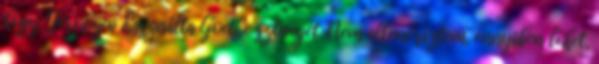
hogy Jerofejev használta Goethe szövegét. Nem ellenőriztem, ennyiben lehet,